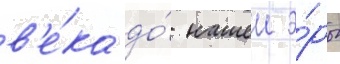
в'е́ка до́ нашеи э́ры